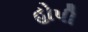
હોપી